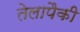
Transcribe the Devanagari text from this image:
तेलापैकी